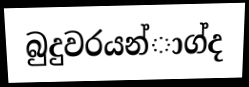
බුදුවරයන්ාග්ද